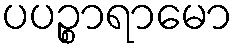
ပပဉ္စာရာမော